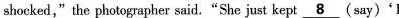
shocked,"the photographer said."She just kept \underline{8} (say)'l